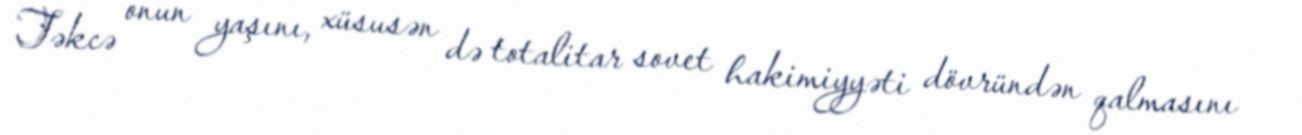
Təkcə onun yaşını, xüsusən də totalitar sovet hakimiyyəti dövründən qalmasını